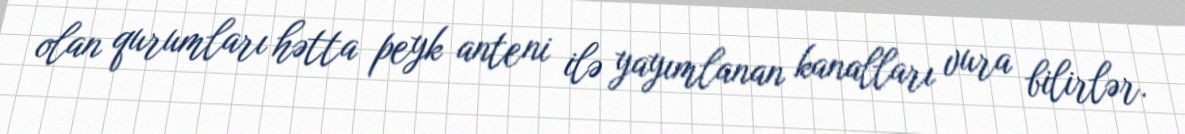
olan qurumları hətta peyk anteni ilə yayımlanan kanalları vura bilirlər.